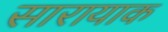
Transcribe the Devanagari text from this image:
सारायाक